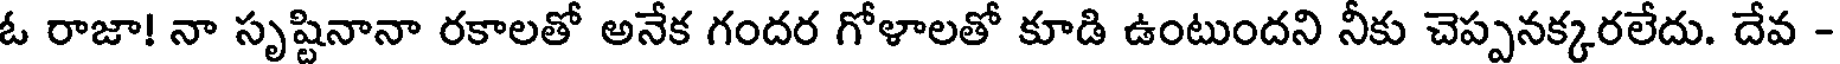
ఓ రాజా! నా సృష్టినానా రకాలతో అనేక గందర గోళాలతో కూడి ఉంటుందని నీకు చెప్పనక్కరలేదు. దేవ -